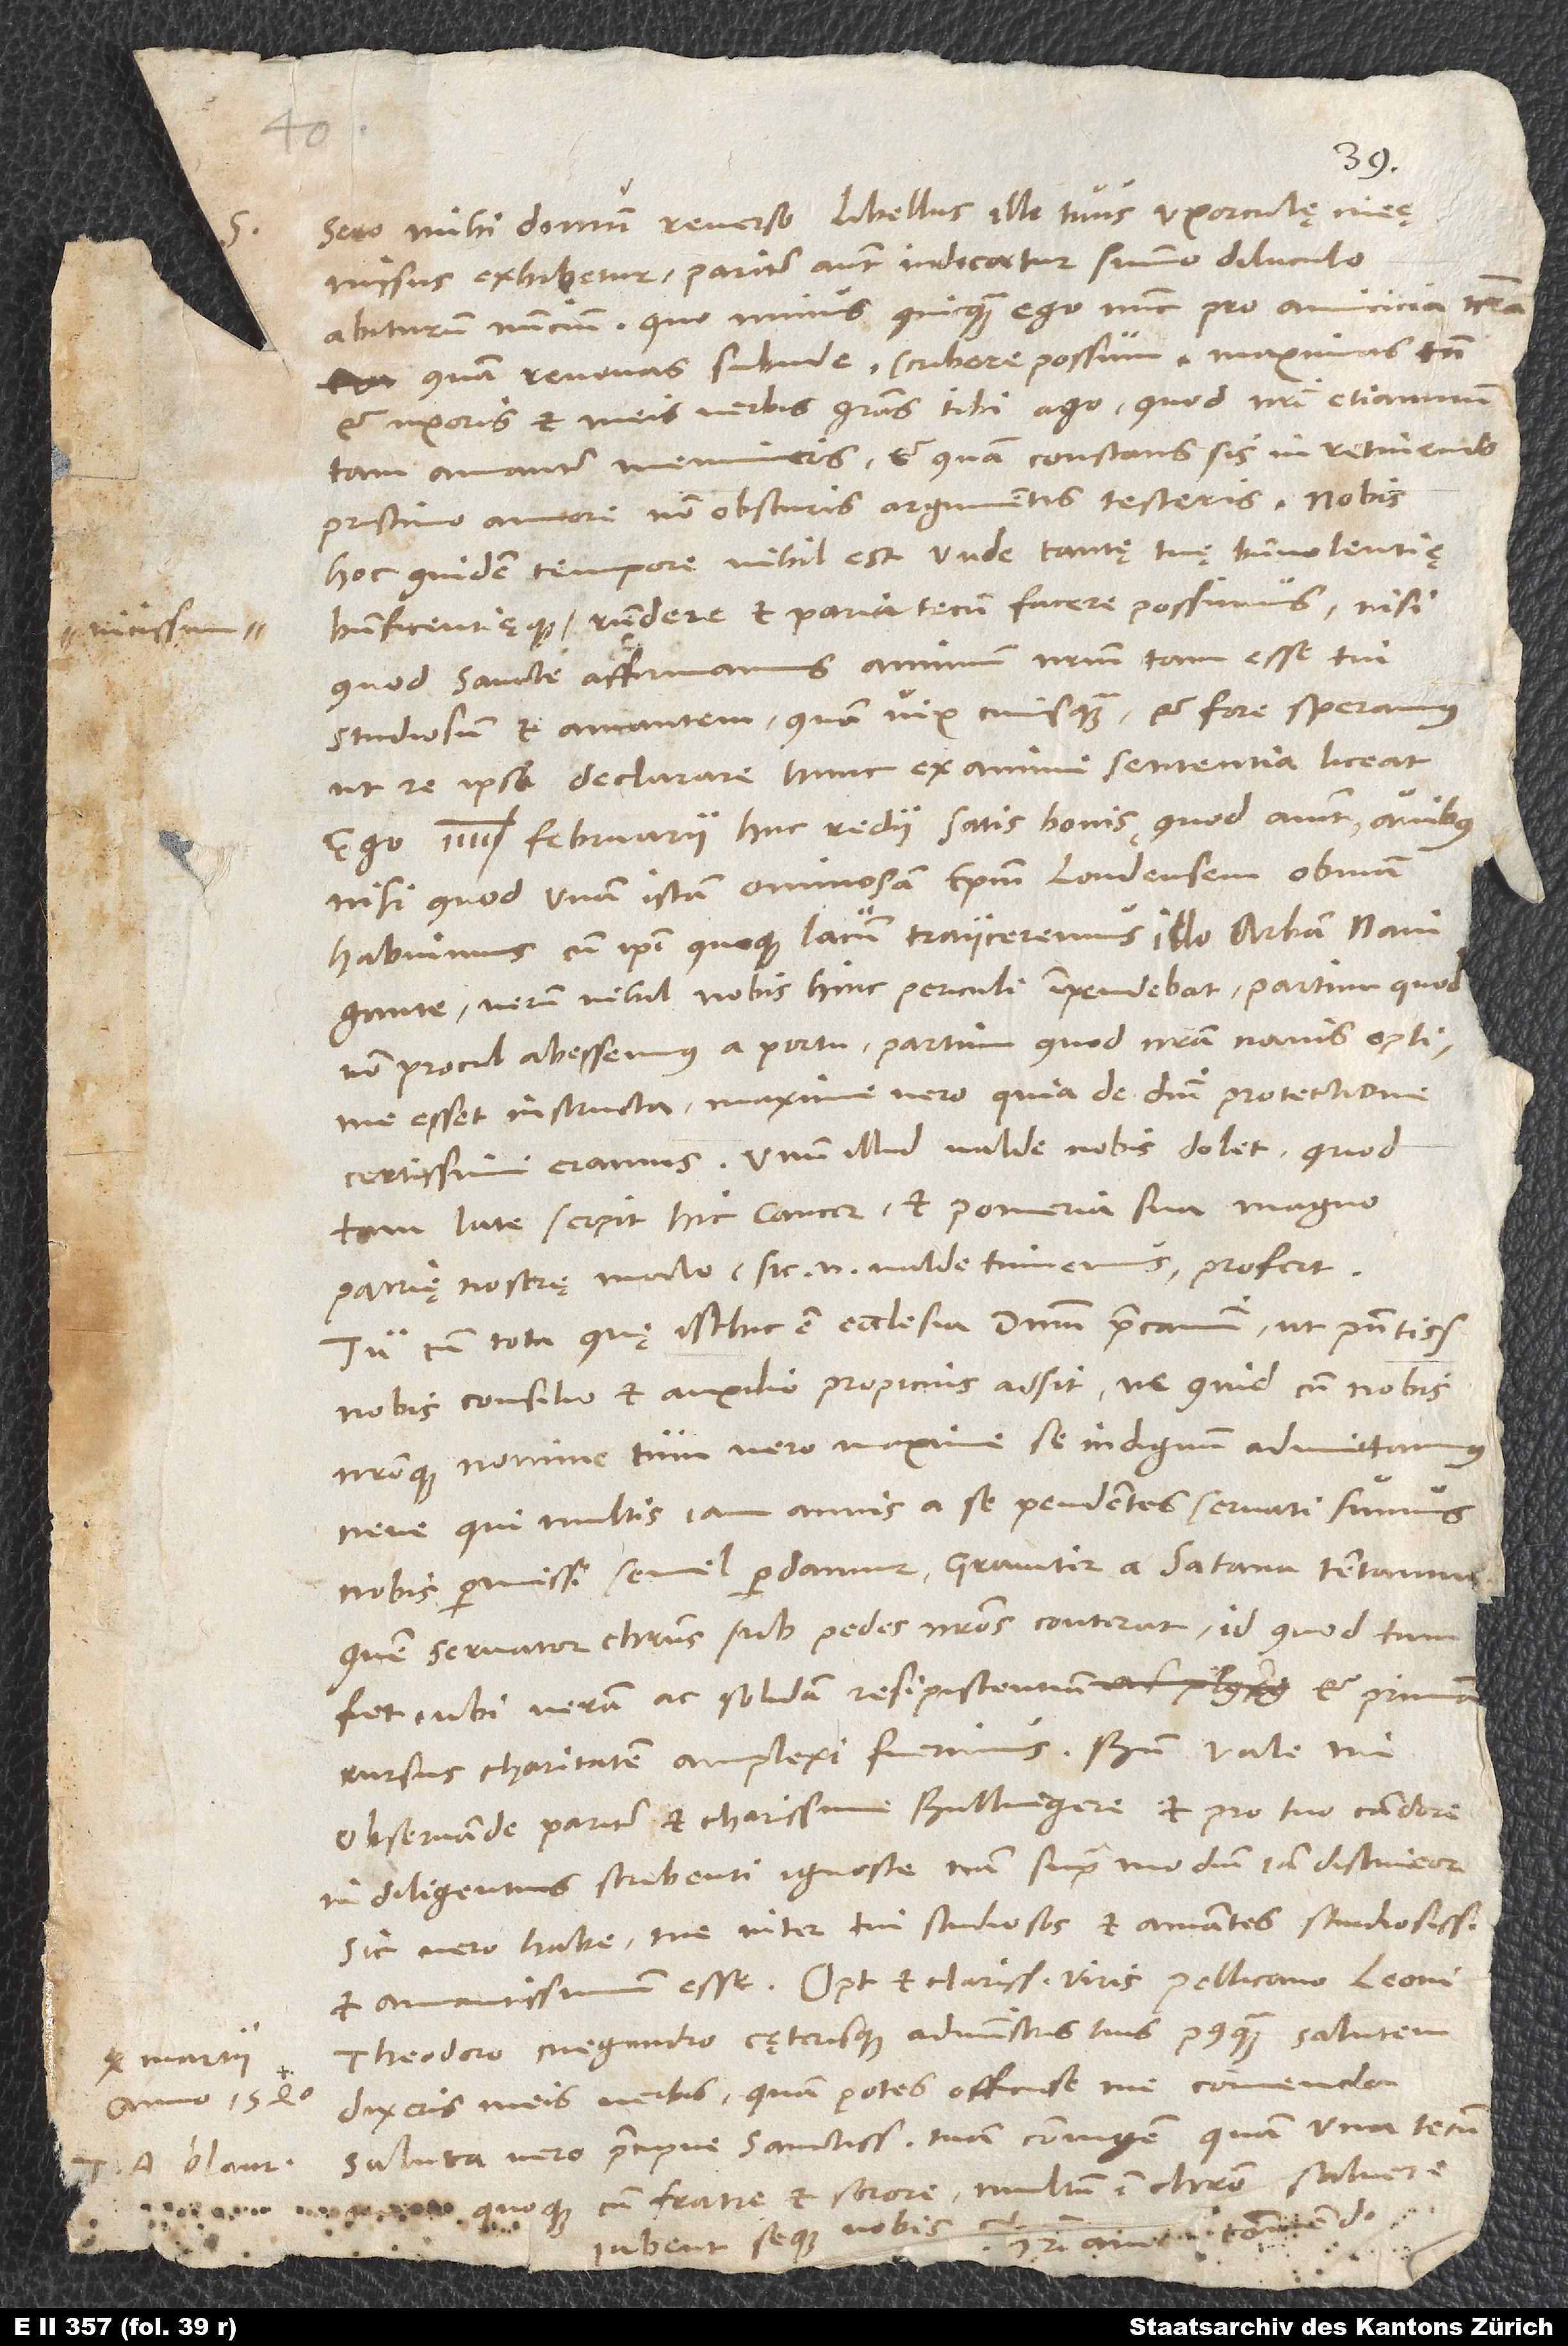
vicissim
10. martii
anno 1540.
A. Blaur.

S.
Sero mihi domum reverso libellus ille tuus uxorculę meę
missus exhibetur, pariter autem indicatur summo diluculo
abiturum nuncium, quo minus quicquam ego nunc pro amicicia nostra,
quam renovas subinde, scribere possum. Maximas tamen
et uxoris et meis verbis gratias tibi ago, quod nostri etiamnum
tam amanter memineris et, quam constans sis in retinendo
pristino amore, non obscuris argumentis testeris. Nobis
hoc quidem tempore nihil est, unde tantę tuę benevolentię
respondere et paria tecum facere possimus, nisi
quod sancte affirmamus animum nostrum tam esse tui
studiosum et amantem quam vix cuiusquam et fore speramus,
ut re ipsa declarare hunc ex animi sententia liceat.
februarii huc redii satis bonis, quod aiunt, avibus,
nisi quod unam istam ominosam episcopum Londensem obviam
habuimus, cum ipsi quoque lacum traiiceremus illo Arbam navigante.
Verum nihil nobis hinc periculi impendebat, partim, quod
non procul abessemus a portu, partim, quod nostra navis optime
esset instructa, maxime vero, quia de domini protectione
certissimi eramus. Unum illud valde nobis dolet, quod
tam late serpit hic cancer et pomeria sua magno
patrię nostrę malo, sic enim valde timemus, profert.
Tu cum tota, quę isthic est, ecclesia dominum precamini, ut praesentissimo
nobis consilio et auxilio propicius adsit, ne quid cum nobis
nostroque nomine tum vero maxime se indignum admittamus,
neve, qui multis iam annis a se pendentes servati sumus,
nobis permissi semel perdamur. Graviter a satana tentamur,
quem servator Christus sub pedes nostros conterat, id quod tum
fiet, ubi veram ac solidam resipiscentiam et primam
rursus charitatem amplexi fuerimus.
observande pariter et charissime Bullingere, et pro tuo candore
indiligentius scribenti ignosce; nam supra modum iam distineor.
Sic vero habe me inter tui studiosos et amantes studiosissimum
et amantissimum esse. Optimis et clarissimis viris Pellicano, Leoni,
Theodoro, Megandro cęterisque administris tuis postquam salutem
dixeris meis verbis, quam potes officiose me commenda;
saluta vero praecipue sanctissimam tuam coniugem, quam una tecum
mea quoque cum fratre et sorore multum in Christo salvere
iubent seque vobis christianice commend.